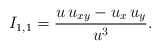
\begin{align*}I_{1,1}=\frac{u\, u_{xy} - u_x\, u_y}{u^3}.\end{align*}